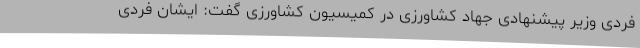
فردی وزیر پیشنهادی جهاد کشاورزی در کمیسیون کشاورزی گفت: ایشان فردی